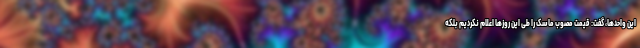
این واحدها، گفت: قیمت مصوب ماسک را طی این روزها اعلام نکردیم بلکه